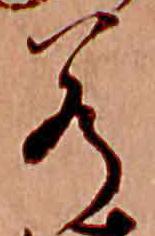
若